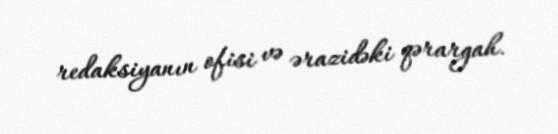
redaksiyanın ofisi və ərazidəki qərargah.